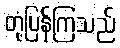
တုံ့ပြန်ကြသည်